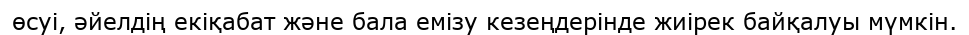
өсуі, әйелдің екіқабат және бала емізу кезеңдерінде жиірек байқалуы мүмкін.